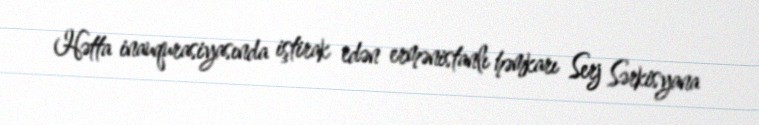
Hətta inauqurasiyasında iştirak edən ermənistanlı həmkarı Serj Sərkisyana